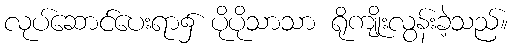
လုပ်ဆောင်ပေးရာ၌ ပိုပိုသာသာ ရိုကျိုးလွန်းခဲ့သည်။